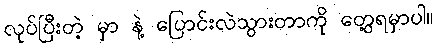
လုပ်ပြီးတဲ့ မှာ နဲ့ ပြောင်းလဲသွားတာကို တွေ့ရမှာပါ။